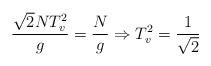
LaTeX: \begin{align*}\frac{\sqrt{2}NT^2_v}{g}=\frac{N}{g} \Rightarrow T^2_v=\frac{1}{\sqrt{2}}\end{align*}